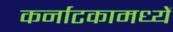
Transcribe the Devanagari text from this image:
कर्नाटकामध्यें